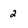
Character: 2